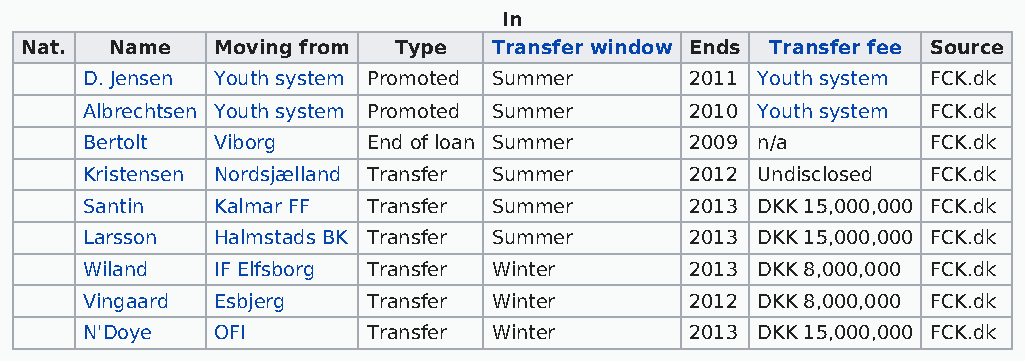
In
 Nat.  Name   Moving from Type   Transfer window Ends Transfer fee Source
 D. Jensen Youth system Promoted Summer   2011 Youth system FCK.dk
 Albrechtsen Youth system Promoted Summer 2010 Youth system FCK.dk
 Bertolt  Viborg    End of loan Summer    2009 n/a        FCK.dk
 Kristensen Nordsjælland Transfer Summer  2012 Undisclosed FCK.dk
 Santin   Kalmar FF Transfer Summer       2013 DKK 15,000,000 FCK.dk
 Larsson  Halmstads BK Transfer Summer    2013 DKK 15,000,000 FCK.dk
 Wiland   IF Elfsborg Transfer Winter     2013 DKK 8,000,000 FCK.dk
 Vingaard Esbjerg   Transfer Winter       2012 DKK 8,000,000 FCK.dk
 N'Doye   OFI       Transfer Winter       2013 DKK 15,000,000 FCK.dk